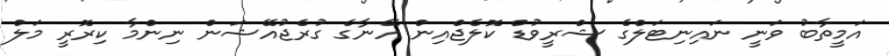
އަމީތާބު ވަނީ ނައިނިޓަލްގެ ޝްރީވުޑް ކޮލެޖްއިން އޭނާގެ ގުރެޖުއޭޝަން ނިންމާ ކިރޮރީ މަލް